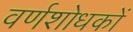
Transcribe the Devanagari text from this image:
वर्णशोधकों